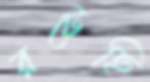
রটেছি